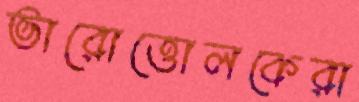
ভারোত্তোলকেরা